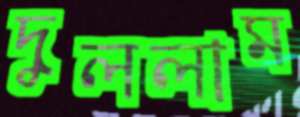
দুললাম